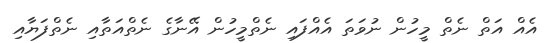
އެއް އަތް ނެތް މީހުން ނުވަތަ އެއްފައި ނެތްމީހުން އޭނާގެ ނެތްއަތާއި ނެތްފަޔާއި